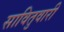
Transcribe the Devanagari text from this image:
सावितुवारी